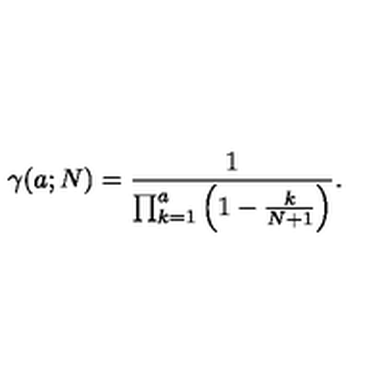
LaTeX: \gamma ( a ; N ) = { \frac { 1 } { \prod _ { k = 1 } ^ { a } \left( 1 - { \frac { k } { N + 1 } } \right) } } .